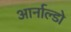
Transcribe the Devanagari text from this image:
आर्नाल्डो